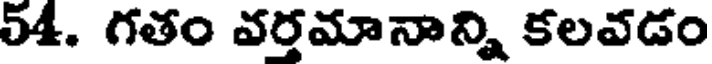
54. గతం వర్తమానాన్ని కలవడం